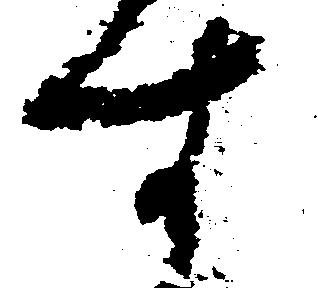
す